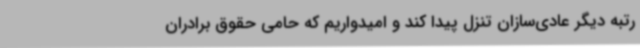
رتبه دیگر عادی‌سازان تنزل پیدا کند و امیدواریم که حامی حقوق برادران